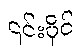
၎င်းပိုင်